Report on horse surra - Volume II, Part I
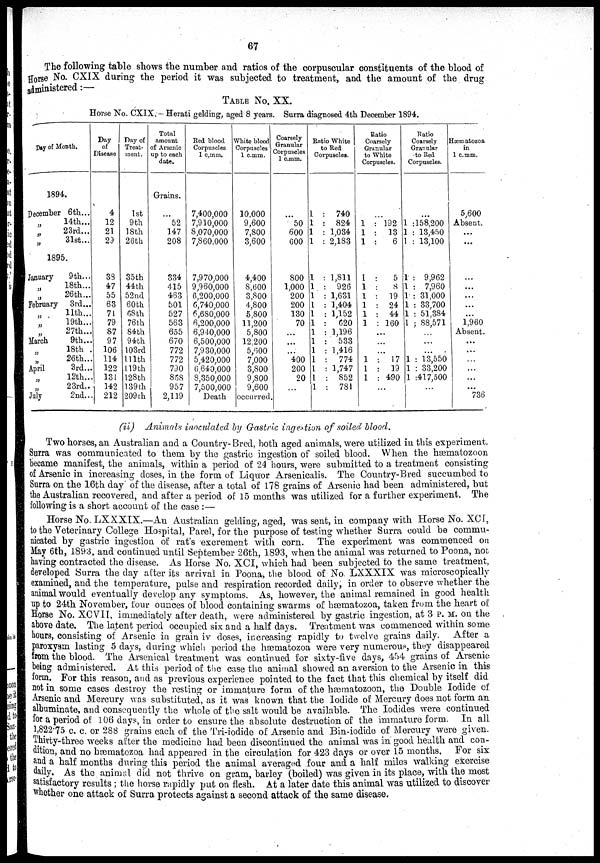
67
The following table shows the number and ratios of the corpuscular constituents of the blood of
Horse No. CXIX during the period it was subjected to treatment, and the amount of the drug
administered:—
TABLE No. XX.
Horse No. CXIX.- Herati gelding, aged 8 years. Surra diagnosed 4th December 1894.
Day of Month.
1894.
December 6th...
14th...
„
23rd...
31st...
1895.
January
9th...
„
18th...
„
26th...
February 3rd...
11th...
19th...
27th...
March
9th...
„
18th .
„
26th...
April
3rd...
12th..
„
23rd..
July
2nd..
Day
of
Disease
4
12
21
29
38
47
55
63
71
79
87
97
106
114
122
131
142
212
Day of
Treat
ment.
1st
9th
18th
26th
35th
44th
52nd
60th
68th
76th
84th
94th
103rd
111th
119th
128th
139th
209th
Total
amount
of Arsenic
up to each
date.
Grains.
...
52
147
208
334
415
463
501
527
563
655
670
772
772
790
868
957
2,119
Red blood
Corpuscles
1 c.mm.
7,400,000
7,910,000
8,070,000
7,860,000
7,970,000
9,960,000
6,200,000
6,740,000
6,680,000
6,200,000
6,940,000
6,500,000
7,930,000
5,420,000
6,640,000
8,350,000
7,500,000
Death
White blood
Corpuscles
1 c.mm.
10,000
9,600
7,800
3,600
4,400
8,600
3,800
4,800
5,800
11,200
5,800
12,200
5,600
7,000
3,800
9,800
9,600
occurred
Coarsely
Granular
Corpuscles
1 c.mm.
...
50
600
600
800
1,000
200
200
130
70
...
...
...
400
200
20
...
Ratio White
to Red
Corpuscles.
1
1
1
1
1
1
1
1
1
1
1
1
1
1
1
1
1
: 740
: 824
: 1,034
: 2,183
: 1,811
: 926
: 1,631
: 1,404
: 1,152
:
620
: 1,196
: 533
: 1,416
: 774
: 1,747
: 852
: 781
Ratio
Coarsely
Granular
to White
Corpuscles.
...
1 : 192
1 : 13
1 :
6
1 :
5
1 :
8
1 : 19
1 : 24
1 : 44
1 : 160
...
...
...
1 : 17
1 : 19
1 : 490
Ratio
Coarsely
Granular
to Red
Corpuscles.
1 :158,200
1 : 13,450
1 : 13,100
1 : 9,962
1 : 7,960
1 : 31,000
1 : 33,700
1 : 51,384
1 ; 88,571
...
...
...
1 : 13,550
1 : 33,200
1 :417,500
Hæmatozoa
in
1 c.mm.
5,600
Absent.
...
...
...
...
...
...
...
1,960
Absent.
...
...
...
...
...
736
(ii) Animals inoculated by Gastric ingestion of soiled blood.
Two horses, an Australian and a Country-Bred, both aged animals, were utilized in this experiment.
Surra was communicated to them by the gastric ingestion of soiled blood. When the hæmatozoon
became manifest, the animals, within a period of 24 hours, were submitted to a treatment consisting
of Arsenic in increasing doses, in the form of Liquor Arsenicalis. The Country-Bred succumbed to
Surra on the 16th day of the disease, after a total of 178 grains of Arsenic had been administered, but
the Australian recovered, and after a period of 15 months was utilized for a further experiment. The
following is a short account of the case : —
Horse No. LXXXIX.—An Australian gelding, aged, was sent, in company with Horse No. XCI,
to the Veterinary College Hospital, Parel, for the purpose of testing whether Surra could be commu-
nicated by gastric ingestion of rat's excrement with corn. The experiment was commenced on
May 6th, 1893, and continued until September 26th, 1893, when the animal was returned to Poona, not
having contracted the disease. As Horse No. XCI, which had been subjected to the same treatment,
developed Surra the day after its arrival in Poona, the blood of No LXXXIX was microscopically
examined, and the temperature, pulse and respiration recorded daily, in order to observe whether the
animal would eventually develop any symptoms. As, however, the animal remained in good health
up to 24th November, four ounces of blood containing swarms of hæmatozoa, taken from the heart of
Horse No. XCVII, immediately after death, were administered by gastric ingestion, at 3 P.M. on the
above date. The latent period occupied six and a half days. Treatment was commenced within some
hours, consisting of Arsenic in grain iv doses, increasing rapidly to twelve grains daily. After a
paroxysm lasting 5 days, during which period the hærnatozoa were very numerous, they disappeared
from the blood. The Arsenical treatment was continued for sixty-five days, 454 grains of Arsenic
being administered. At this period of the case the animal showed an aversion to the Arsenic in this
form. For this reason, and as previous experience pointed to the fact that this chemical by itself did.
not in some cases destroy the resting or immature form of the hæmatozoon, the Double Iodide of
Arsenic and Mercury was substituted, as it was known that the Iodide of Mercury does not form an
albuminate, and consequently the whole of the salt would be available. The Iodides were continued
for a period of 106 days, in order to ensure the absolute destruction of the immature form. In all
1,822.75 c. c. or 288 grains each of the Tri-iodide of Arsenic and Bin-iodide of Mercury were given.
Thirty-three weeks after the medicine had been discontinued the animal was in good health and con-
dition, and no hæmatozoa had appeared in the circulation for 423 days or over 15 months. For six
and a half months during this period the animal averaged four and a half miles walking exercise
daily. As the animal did not thrive on gram, barley (boiled) was given in its place, with the most
satisfactory results ; the horse rapidly put on flesh. At a later date this animal was utilized to discover
whether one attack of Surra protects against a second attack of the same disease.